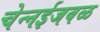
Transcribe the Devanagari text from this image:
चेन्‍नईजवळ